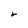
Character: r